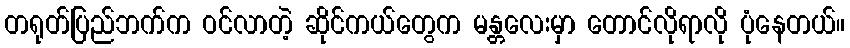
တရုတ်ပြည်ဘက်က ဝင်လာတဲ့ ဆိုင်ကယ်တွေက မန္တလေးမှာ တောင်လိုရာလို ပုံနေတယ်။